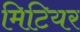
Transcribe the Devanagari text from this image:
मिटियर